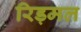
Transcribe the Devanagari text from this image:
रिड़मल